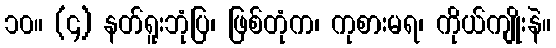
၁၀။ (၄) နတ်ရူးဘုံပြ၊ ဖြစ်တုံက၊ ကုစားမရ၊ ကိုယ်ကျိုးနဲ။